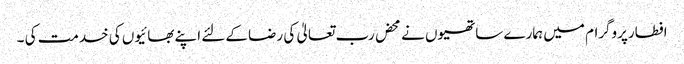
افطارپروگرام میں ہمارے ساتھیوں نے محض رب تعالیٰ کی رضا کےلئے اپنے بھائیوں کی خدمت کی ۔